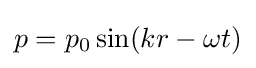
p=p_{0}\sin(kr-\omega t)\,\!